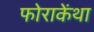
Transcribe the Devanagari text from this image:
फोराकेंथा